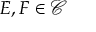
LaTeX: E , F \in { \mathcal { C } }